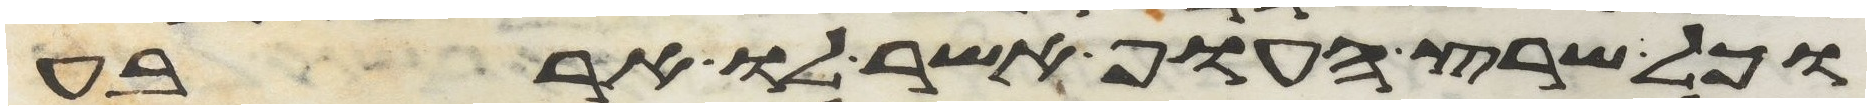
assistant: וכל שרץ העוף אשר לו ארבע